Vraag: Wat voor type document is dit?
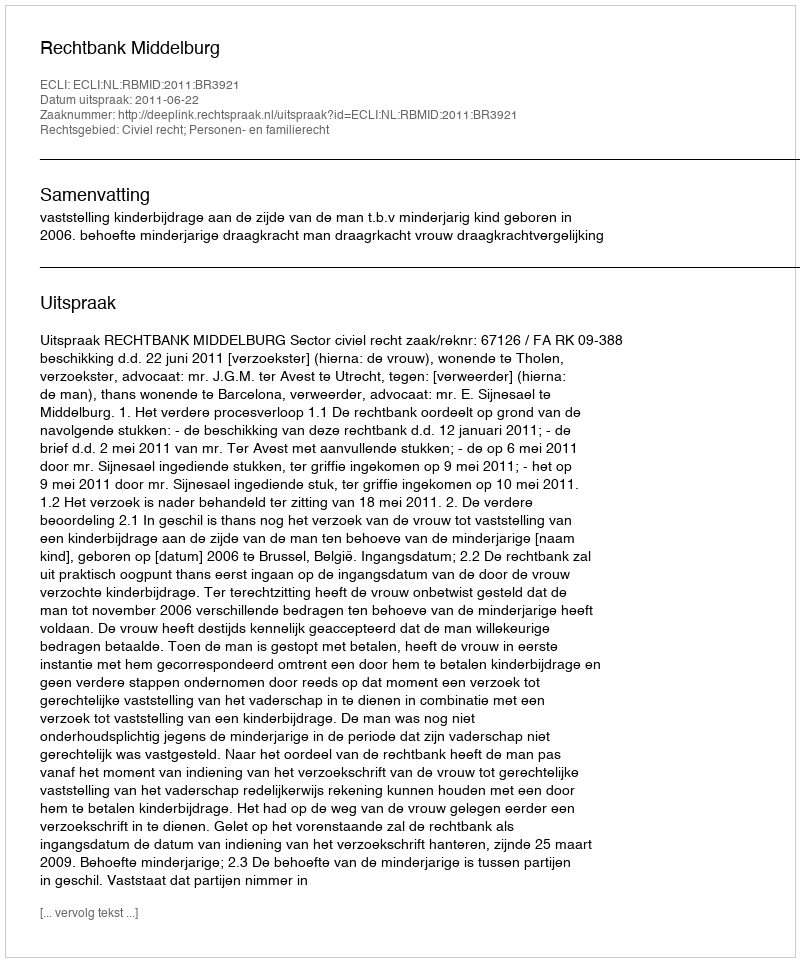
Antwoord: Uitspraak